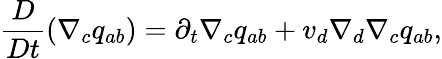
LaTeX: \frac{D}{Dt}\left(\nabla_{c}q_{ab}\right)=\partial_{t}\nabla_{c}q_{ab}+v_{d}\nabla_{d}\nabla_{c}q_{ab},